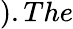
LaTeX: ).The